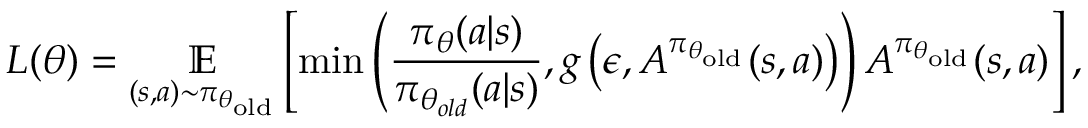
L ( \theta ) = \underset { ( s , a ) \sim \pi _ { \theta _ { \mathrm { o l d } } } } { \mathbb { E } } \left[ \operatorname* { m i n } \left( \frac { \pi _ { \theta } ( a \vert s ) } { \pi _ { \theta _ { o l d } } ( a \vert s ) } , g \left( \epsilon , A ^ { \pi _ { \theta _ { \mathrm { o l d } } } } ( s , a ) \right) \right) A ^ { \pi _ { \theta _ { \mathrm { o l d } } } } ( s , a ) \right] ,